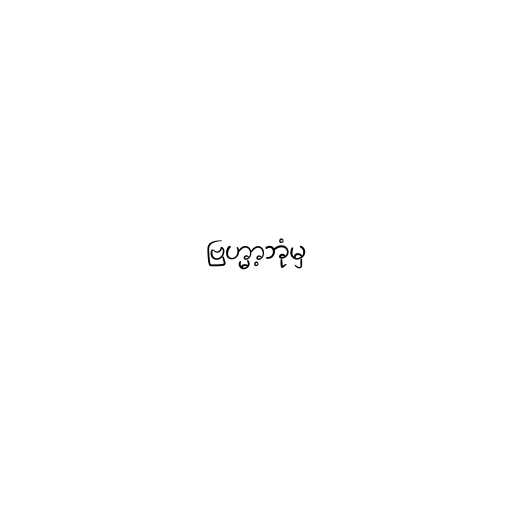
ဗြဟ္မာ့ဘုံမှ